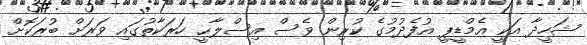
ޝަހީދާ އަކީ އެމްޑީޕީ އުފެދުމުގެ ކުރިން ވެސް އިސްލާޙީ ހަރަކާތުގައި ވަރަށް ބުރަކޮށް